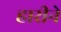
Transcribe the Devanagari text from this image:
हारीने